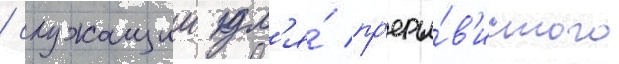
/ служащии дл'я́ пр'еры́в'истого